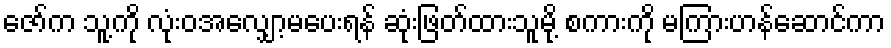
ဇော်က သူ့ကို လုံးဝအလျှော့မပေးရန် ဆုံးဖြတ်ထားသူမို့ စကားကို မကြားဟန်ဆောင်ကာ